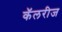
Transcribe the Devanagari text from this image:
कॅलरीज